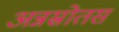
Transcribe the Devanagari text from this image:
अन्नस्रोतस